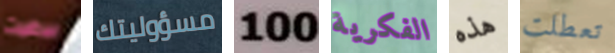
بيرغيت مسؤوليتك 100 الفكرية هذه تعطلت